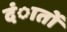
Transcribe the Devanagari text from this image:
दंातों